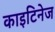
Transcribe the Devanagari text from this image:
काइटिनेज